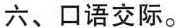
六、口语交际。